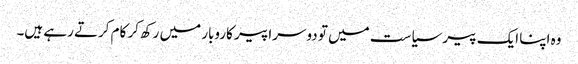
وہ اپنا ایک پیر سیاست میں تو دوسرا پیر کاروبار میں رکھ‌کر کام کرتے رہے ہیں۔